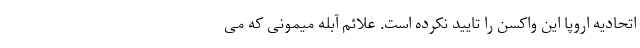
اتحادیه اروپا این واکسن را تایید نکرده است. علائم آبله میمونی که می